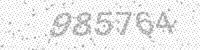
Solution: 985764